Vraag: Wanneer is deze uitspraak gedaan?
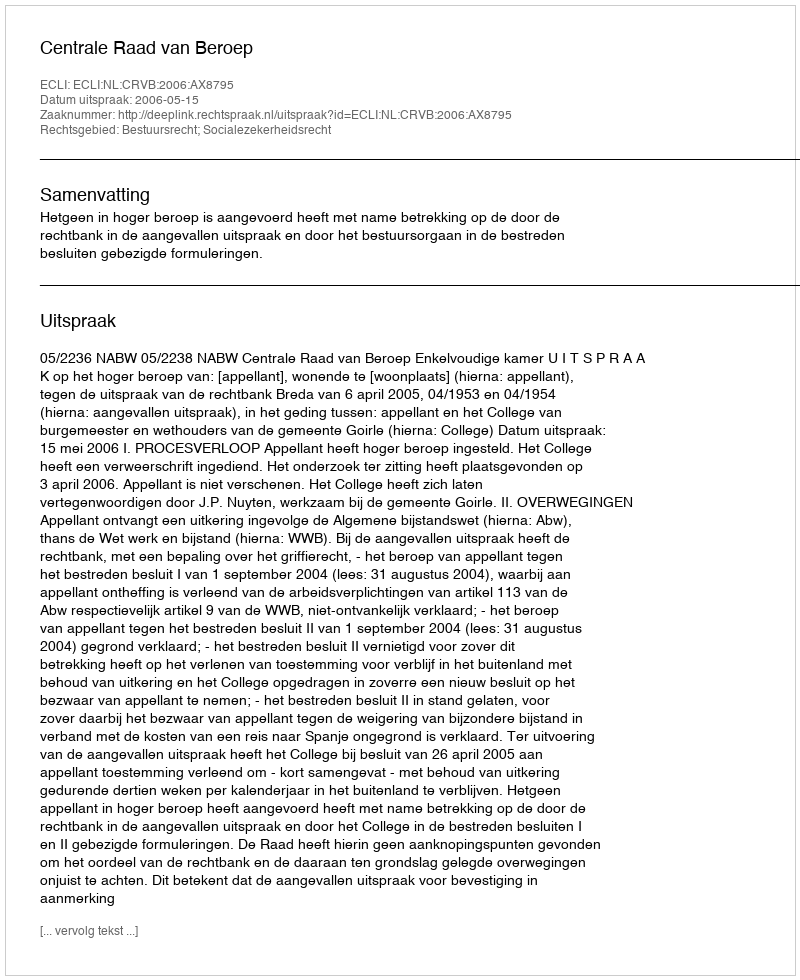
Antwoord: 2006-05-15